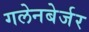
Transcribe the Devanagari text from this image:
गलेनबेर्जर